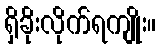
ရှိခိုးလိုက်ရကျိုး။